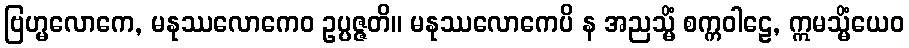
ဗြဟ္မလောကေ, မနုဿလောကေဝ ဥပ္ပဇ္ဇတိ။ မနုဿလောကေပိ န အညသ္မိံ စက္ကဝါဠေ, ဣမသ္မိံယေဝ